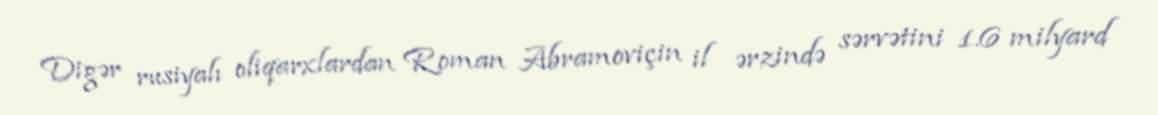
Digər rusiyalı oliqarxlardan Roman Abramoviçin il ərzində sərvətini 1.6 milyard